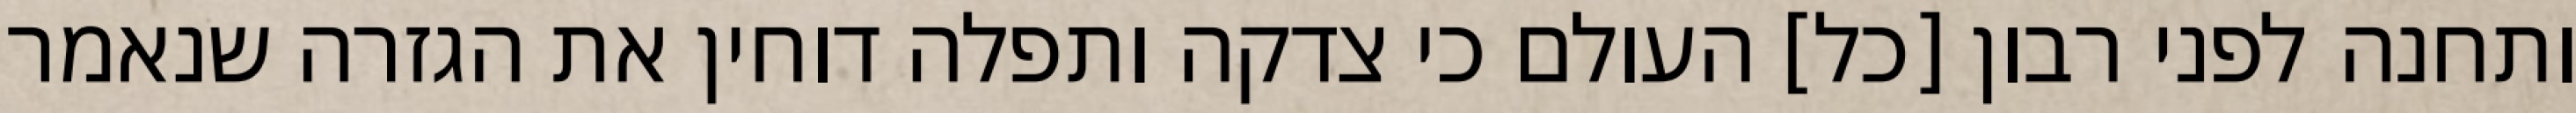
ותחנה לפני רבון [כל] העולם כי צדקה ותפלה דוחין את הגזרה שנאמר